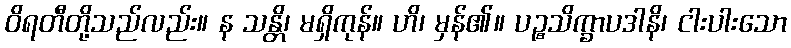
ဝိရတီတို့သည်လည်း။ န သန္တိ၊ မရှိကုန်။ ဟိ၊ မှန်၏။ ပဉ္စသိက္ခာပဒါနိ၊ ငါးပါးသော